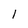
Character: l